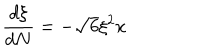
\frac { d \xi } { d N } = - \sqrt { 6 } \xi ^ { 2 } x